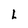
Character: L